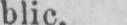
blic.